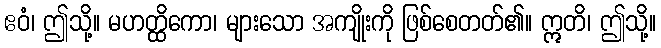
ဧဝံ၊ ဤသို့။ မဟတ္ထိကော၊ များသော အကျိုးကို ဖြစ်စေတတ်၏။ ဣတိ၊ ဤသို့။